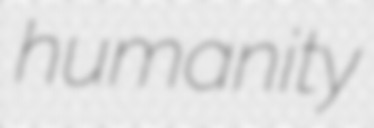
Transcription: humanity